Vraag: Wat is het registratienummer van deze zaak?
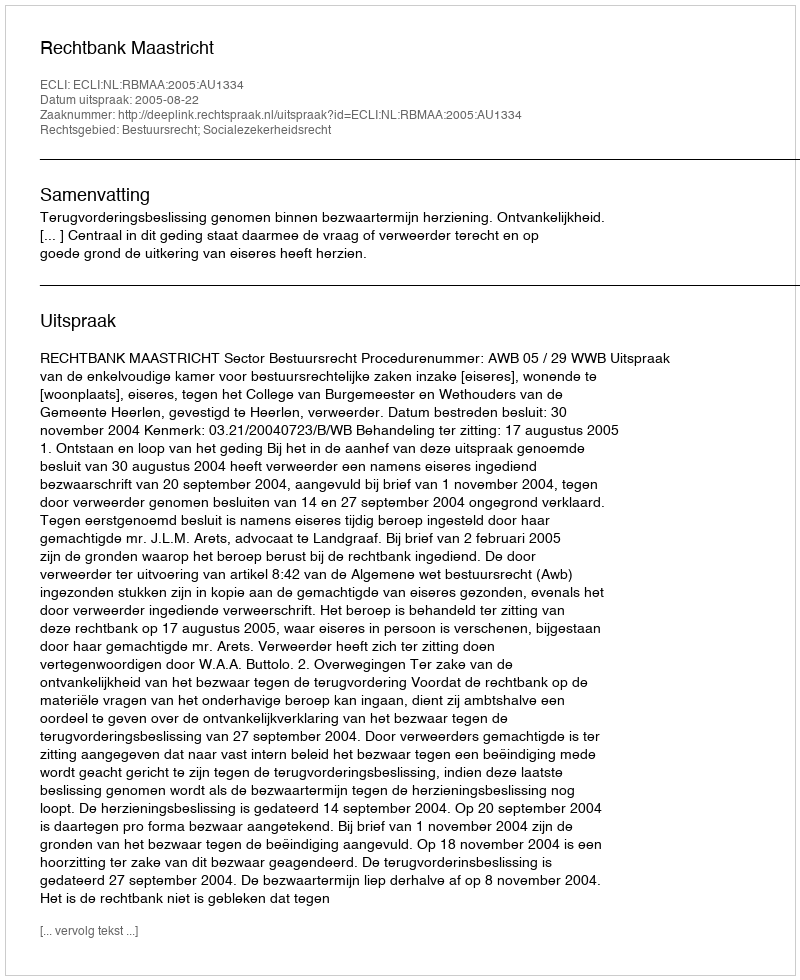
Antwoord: http://deeplink.rechtspraak.nl/uitspraak?id=ECLI:NL:RBMAA:2005:AU1334